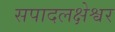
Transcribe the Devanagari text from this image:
सपादलक्षेश्वर